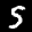
Label: 5